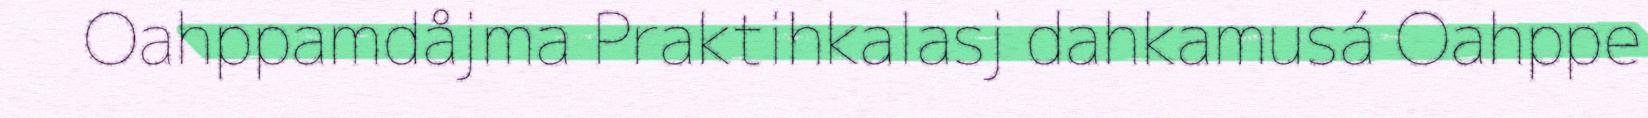
Oahppamdåjma Praktihkalasj dahkamusá Oahppe